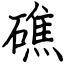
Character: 礁